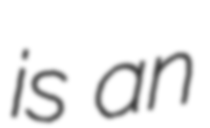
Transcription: is an